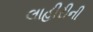
લાહીરીની